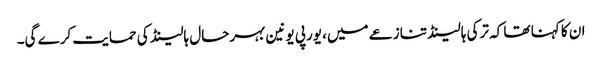
ان کا کہنا تھا کہ ترکی ہالینڈ تنازعے میں، یورپی یونین بہرحال ہالینڈ کی حمایت کرے گی۔